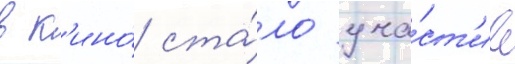
в к'ино́ ста́ло уча́ст'ие